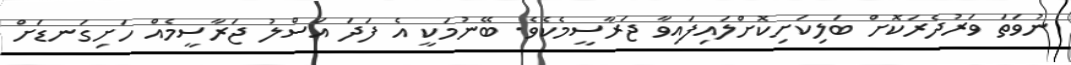
ނުވަތަ ވަރުދެރަކޮށް ބަލިކަށިކޮށްލައިފައިވާ ޖަރާސީމެކެވެ. ބޭނުމަކީ އެ ފަދަ އަސްލު ޖަރާސީމެއް ހަށިގަނޑަށް